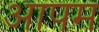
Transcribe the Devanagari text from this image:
आपम